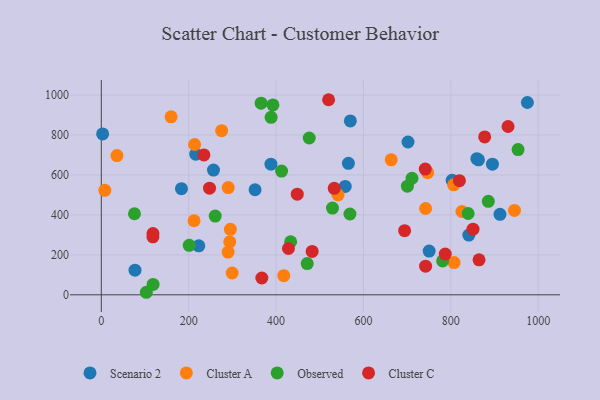
{"axis": {"x": "Price", "y": "Yield"}, "legend": ["Cluster A", "Cluster C", "Observed", "Scenario 2"], "data": [{"x": "3.0", "y": 805.3, "type": "Scenario 2"}, {"x": "216.2", "y": 703.8, "type": "Scenario 2"}, {"x": "859.6", "y": 681.2, "type": "Scenario 2"}, {"x": "895.2", "y": 654.0, "type": "Scenario 2"}, {"x": "256.7", "y": 624.6, "type": "Scenario 2"}, {"x": "558.3", "y": 542.4, "type": "Scenario 2"}, {"x": "77.1", "y": 123.2, "type": "Scenario 2"}, {"x": "975.2", "y": 962.6, "type": "Scenario 2"}, {"x": "912.5", "y": 402.9, "type": "Scenario 2"}, {"x": "841.2", "y": 299.0, "type": "Scenario 2"}, {"x": "750.4", "y": 219.1, "type": "Scenario 2"}, {"x": "183.4", "y": 531.1, "type": "Scenario 2"}, {"x": "351.9", "y": 525.8, "type": "Scenario 2"}, {"x": "863.3", "y": 675.6, "type": "Scenario 2"}, {"x": "570.0", "y": 870.4, "type": "Scenario 2"}, {"x": "388.3", "y": 653.9, "type": "Scenario 2"}, {"x": "565.6", "y": 658.4, "type": "Scenario 2"}, {"x": "223.1", "y": 245.0, "type": "Scenario 2"}, {"x": "702.0", "y": 764.9, "type": "Scenario 2"}, {"x": "803.0", "y": 573.0, "type": "Scenario 2"}, {"x": "747.0", "y": 611.4, "type": "Cluster A"}, {"x": "541.8", "y": 499.6, "type": "Cluster A"}, {"x": "299.5", "y": 109.1, "type": "Cluster A"}, {"x": "945.7", "y": 422.5, "type": "Cluster A"}, {"x": "159.7", "y": 890.9, "type": "Cluster A"}, {"x": "213.5", "y": 752.4, "type": "Cluster A"}, {"x": "8.1", "y": 523.0, "type": "Cluster A"}, {"x": "825.3", "y": 416.9, "type": "Cluster A"}, {"x": "293.9", "y": 264.7, "type": "Cluster A"}, {"x": "806.5", "y": 550.5, "type": "Cluster A"}, {"x": "295.4", "y": 327.8, "type": "Cluster A"}, {"x": "290.2", "y": 214.1, "type": "Cluster A"}, {"x": "417.7", "y": 96.0, "type": "Cluster A"}, {"x": "212.3", "y": 370.8, "type": "Cluster A"}, {"x": "807.5", "y": 161.5, "type": "Cluster A"}, {"x": "35.8", "y": 697.1, "type": "Cluster A"}, {"x": "742.2", "y": 432.0, "type": "Cluster A"}, {"x": "275.4", "y": 821.5, "type": "Cluster A"}, {"x": "663.5", "y": 675.5, "type": "Cluster A"}, {"x": "290.5", "y": 536.9, "type": "Cluster A"}, {"x": "700.6", "y": 543.9, "type": "Observed"}, {"x": "260.7", "y": 394.1, "type": "Observed"}, {"x": "118.5", "y": 51.8, "type": "Observed"}, {"x": "529.1", "y": 434.2, "type": "Observed"}, {"x": "781.2", "y": 169.5, "type": "Observed"}, {"x": "711.1", "y": 583.5, "type": "Observed"}, {"x": "388.6", "y": 888.2, "type": "Observed"}, {"x": "471.3", "y": 156.4, "type": "Observed"}, {"x": "885.8", "y": 467.8, "type": "Observed"}, {"x": "103.0", "y": 12.7, "type": "Observed"}, {"x": "201.2", "y": 247.9, "type": "Observed"}, {"x": "433.4", "y": 265.7, "type": "Observed"}, {"x": "412.6", "y": 619.4, "type": "Observed"}, {"x": "392.8", "y": 950.3, "type": "Observed"}, {"x": "569.1", "y": 404.6, "type": "Observed"}, {"x": "75.9", "y": 405.8, "type": "Observed"}, {"x": "365.8", "y": 959.1, "type": "Observed"}, {"x": "839.6", "y": 406.9, "type": "Observed"}, {"x": "475.9", "y": 784.8, "type": "Observed"}, {"x": "953.9", "y": 726.9, "type": "Observed"}, {"x": "118.1", "y": 290.2, "type": "Cluster C"}, {"x": "742.2", "y": 143.4, "type": "Cluster C"}, {"x": "520.2", "y": 976.5, "type": "Cluster C"}, {"x": "694.2", "y": 320.8, "type": "Cluster C"}, {"x": "234.8", "y": 700.2, "type": "Cluster C"}, {"x": "247.7", "y": 534.0, "type": "Cluster C"}, {"x": "850.8", "y": 328.7, "type": "Cluster C"}, {"x": "482.6", "y": 217.4, "type": "Cluster C"}, {"x": "819.7", "y": 571.4, "type": "Cluster C"}, {"x": "864.6", "y": 175.0, "type": "Cluster C"}, {"x": "533.1", "y": 532.9, "type": "Cluster C"}, {"x": "741.5", "y": 629.2, "type": "Cluster C"}, {"x": "787.2", "y": 204.1, "type": "Cluster C"}, {"x": "931.0", "y": 842.4, "type": "Cluster C"}, {"x": "118.2", "y": 306.8, "type": "Cluster C"}, {"x": "877.5", "y": 790.5, "type": "Cluster C"}, {"x": "428.3", "y": 231.9, "type": "Cluster C"}, {"x": "367.4", "y": 84.1, "type": "Cluster C"}, {"x": "448.5", "y": 503.6, "type": "Cluster C"}]}